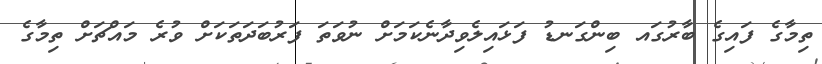
ތިމާގެ ފައިގެ ބާރުގައ ބިންގަނޑު ފަޅައިލެވިދާނެކަމަށް ނުވަތަ ފަރުބަދަތަކަށް ވުރެ މައްޗަށް ތިމާގެ